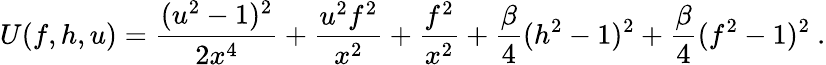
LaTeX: U(f,h,u)=\frac{(u^{2}-1)^{2}}{2x^{4}}+\frac{u^{2}f^{2}}{x^{2}}+\frac{f^{2}}{x^{2}}+\frac\beta 4(h^{2}-1)^{2}+\frac\beta 4(f^{2}-1)^{2}\ .